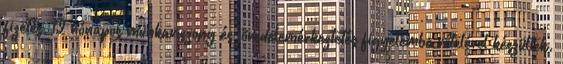
fizetés, 12 hónapos munkaviszony és jövedelemérkeztetés figyelembe vételével készültek.